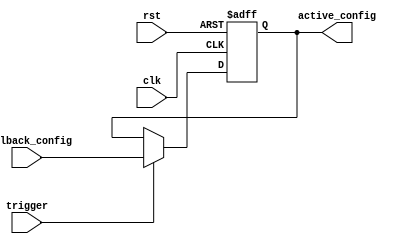
module fallback_bypass_register (
    input wire clk,
    input wire rst,
    input wire trigger,
    input wire [7:0] fallback_config,
    output reg [7:0] active_config
);

always @(posedge clk or posedge rst) begin
    if (rst) begin
        active_config <= 8'b00000000; // Initialize to default configuration
    end else begin
        if (trigger) begin
            active_config <= fallback_config; // Activate fallback configuration
        end
    end
end

endmodule